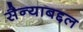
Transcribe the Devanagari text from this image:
सैन्याबद्दल